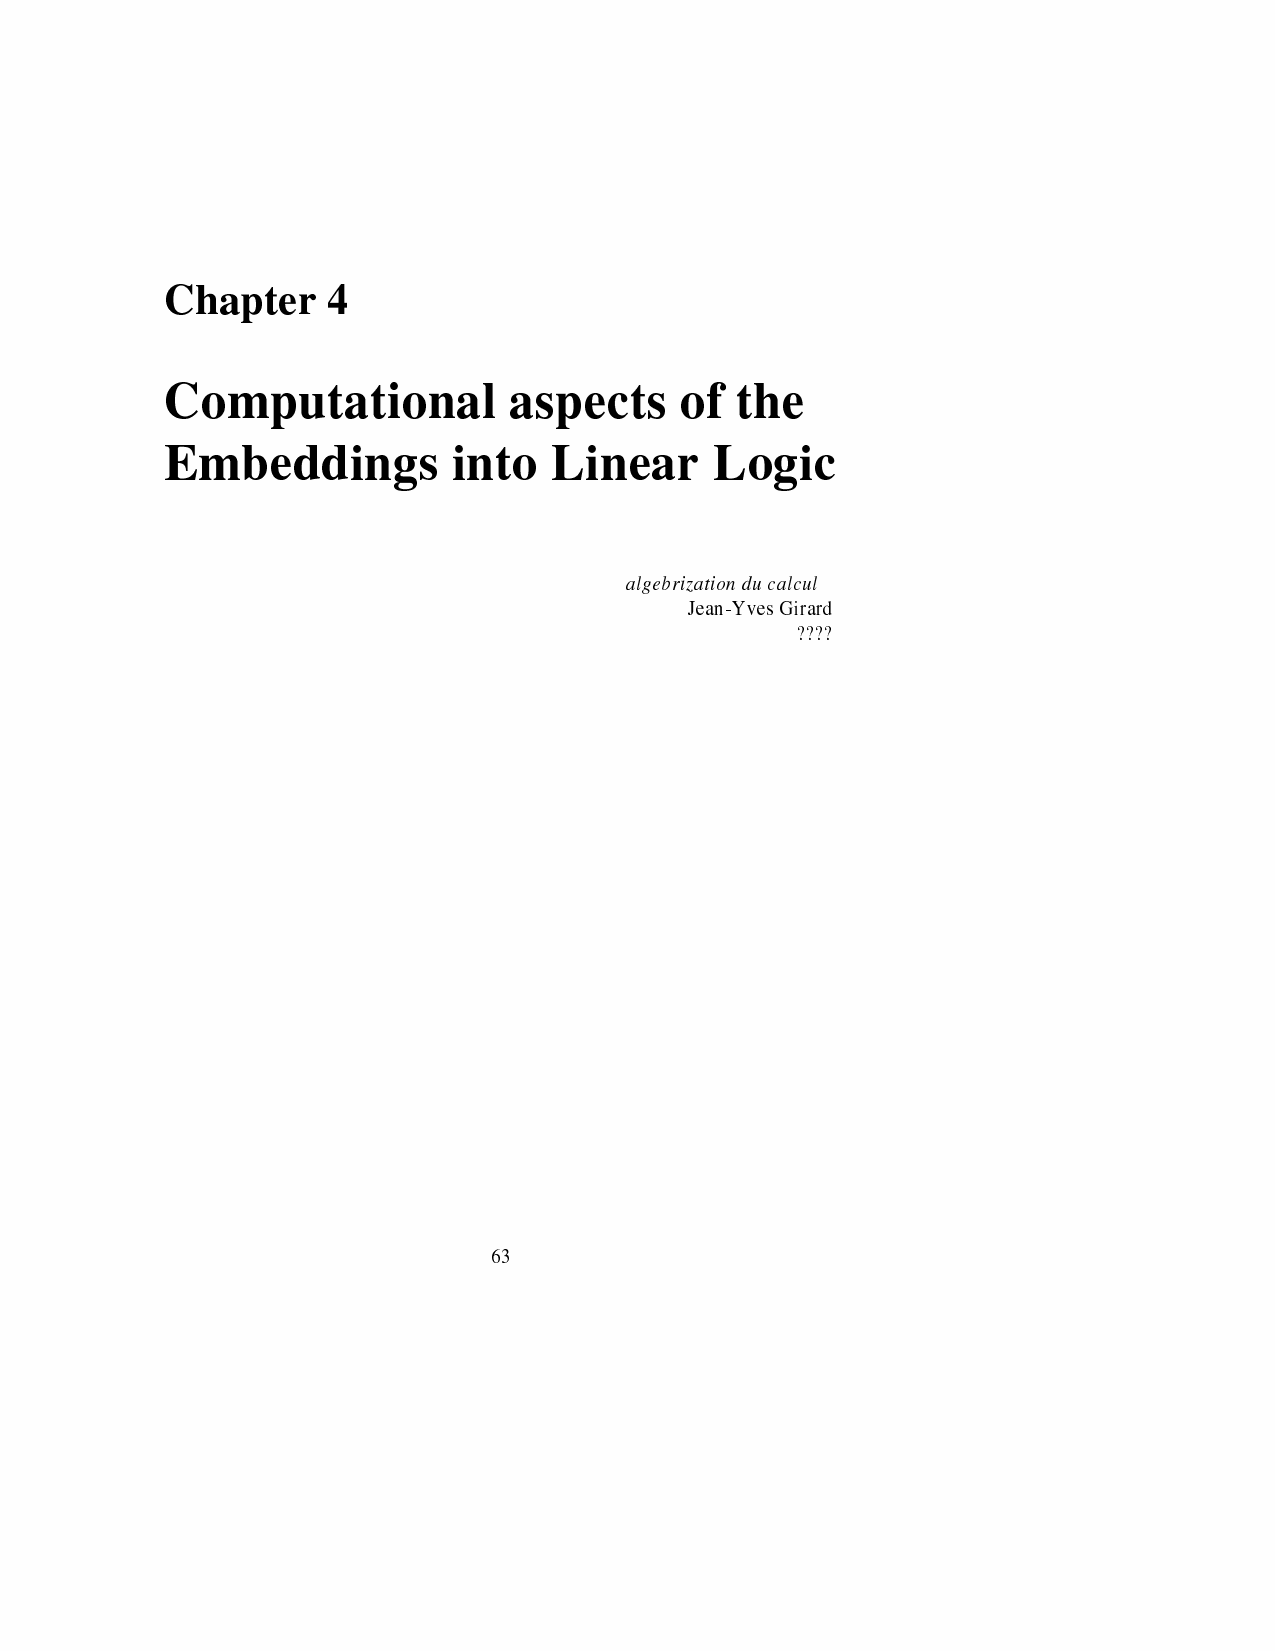
Chapter    4
 Computational          aspects    of  the
 Embeddings         into  Linear     Logic
 algebrizationducalcul
 Jean-YvesGirard
 ????
 63